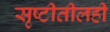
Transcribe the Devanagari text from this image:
सृष्टीतीलही